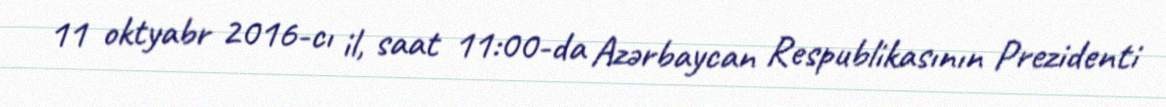
11 oktyabr 2016-cı il, saat 11:00-da Azərbaycan Respublikasının Prezidenti